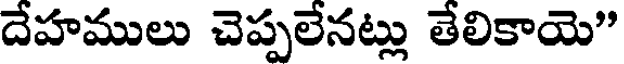
దేహములు చెప్పలేనట్లు తేలికాయె"